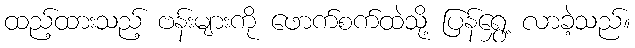
ထည့်ထားသည့် ဗန်းများကို ဖောက်စက်ထဲသို့ ပြန်ရွှေ့ လာခဲ့သည်။